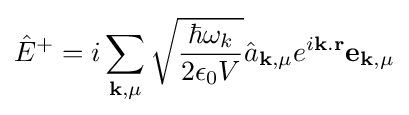
{\hat {E}}^{+}=i\sum \limits _{\mathbf {k} ,\mu }{\sqrt {\frac {\hbar \omega _{k}}{2\epsilon _{0}V}}}{\hat {a}}_{\mathbf {k} ,\mu }e^{i\mathbf {k} .\mathbf {r} }\mathbf {e} _{\mathbf {k} ,\mu }